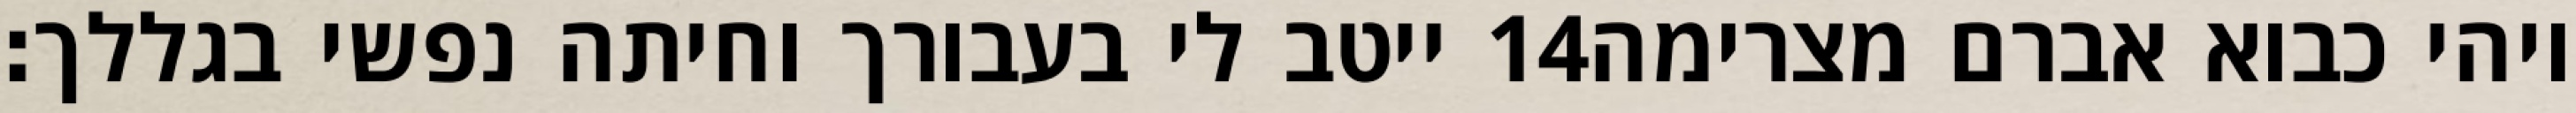
ייטב לי בעבורך וחיתה נפשי בגללך׃ ‎14‏ ויהי כבוא אברם מצרימה